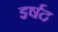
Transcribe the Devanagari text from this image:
इर्षद